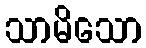
သာမိသော